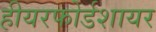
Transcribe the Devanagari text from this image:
हीयरफोर्डशायर